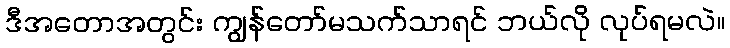
ဒီအတောအတွင်း ကျွန်တော်မသက်သာရင် ဘယ်လို လုပ်ရမလဲ။